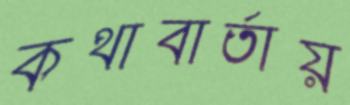
কথাবার্তায়